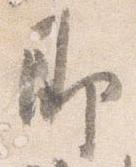
即